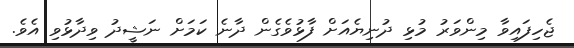
ޖެހިފައިވާ މިންވަރު މުޅި ދުނިޔެއަށް ފާޅުވެގެން ދާނެ ކަމަށް ނަޝީދު ވިދާޅުވި އެވެ.